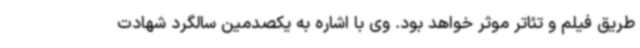
طریق فیلم و تئاتر موثر خواهد بود. وی با اشاره به یکصدمین سالگرد شهادت